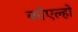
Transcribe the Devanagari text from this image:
कोएल्हो